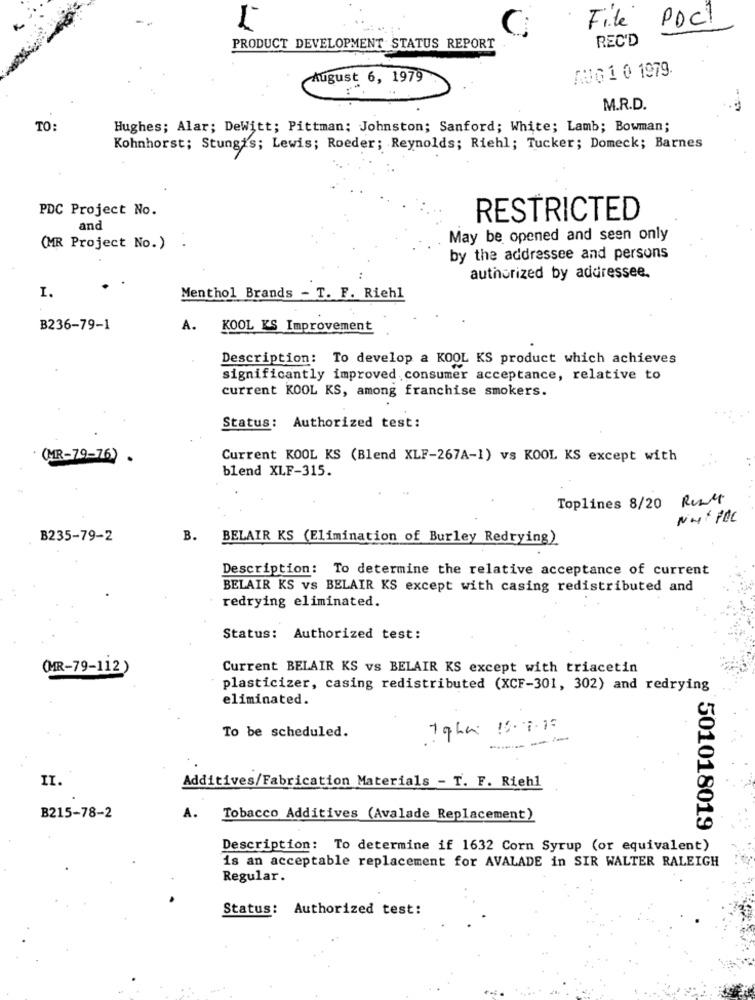
PDC1
C
Filé
REC'D
PRODUCT DEVELOPMENT STATUS REPORT
AUG1 0 1979.
August 6, 1979
M.R.D.
TO:
Hughes; Alar; DeWitt; Pittman: Johnston; Sanford; White; Lamb; Bowman;
Kohnhorst; Stungi's; Lewis; Roeder; Reynolds; Riehl; Tucker; Domeck; Barnes
PDC Project No.
RESTRICTED
and
May be opened and seen only
(MR Project No.)
by the addressee and persons
authorized by addressee.
I.
Menthol Brands - T. F. Riehl
B236-79-1
A.
KOOL KS Improvement
Description: To develop a KOOL KS product which achieves
significantly improved consumer acceptance, relative to
current KOOL KS, among franchise smokers.
Status: Authorized test:
(MR-79-76) .
Current KOOL KS (Blend XLF-267A-1) vs KOOL KS except with
blend XLF-315.
Toplines 8/20 RUM
B235-79-2
B.
BELAIR KS (Elimination of Burley Redrying)
Description: To determine the relative acceptance of current
BELAIR KS VS BELAIR KS except with casing redistributed and
redrying eliminated.
Status: Authorized test:
(MR-79-112)
Current BELAIR KS vs BELAIR KS except with triacetin
plasticizer, casing redistributed (XCF-301, 302) and redrying
eliminated.
To be scheduled.
---
II.
Additives/Fabrication Materials - T. F. Riehl
B215-78-2
A.
Tobacco Additives (Avalade Replacement)
501018019
Description: To determine if 1632 Corn Syrup (or equivalent)
is an acceptable replacement for AVALADE in SIR WALTER RALEIGH
Regular.
Status: Authorized test: